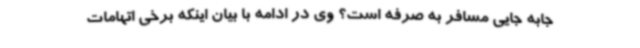
جابه جایی مسافر به صرفه است؟ وی در ادامه با بیان اینکه برخی اتهامات